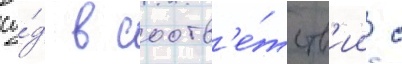
су́д в соотв'е́тств'ии с